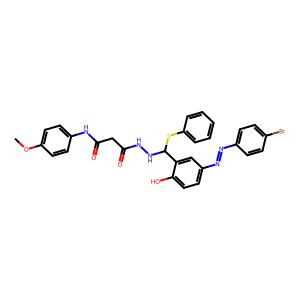
SMILES: COc1ccc(NC(=O)CC(=O)NNC(Sc2ccccc2)c2cc(N=Nc3ccc(Br)cc3)ccc2O)cc1
Inhibits HIV replication: No